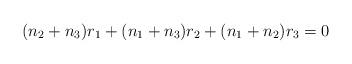
LaTeX: \begin{align*}(n_2+n_3)r_1+(n_1+n_3)r_2+(n_1+n_2)r_3=0\end{align*}